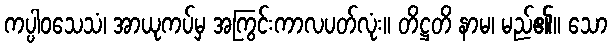
ကပ္ပါဝသေသံ၊ အာယုကပ်မှ အကြွင်းကာလပတ်လုံး။ တိဋ္ဌတိ နာမ၊ မည်၏။ သော